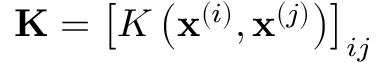
\mathbf { K } = \left[ K \left( \mathbf { x } ^ { ( i ) } , \mathbf { x } ^ { ( j ) } \right) \right] _ { i j }